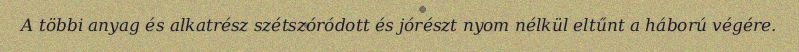
A többi anyag és alkatrész szétszóródott és jórészt nyom nélkül eltűnt a háború végére.